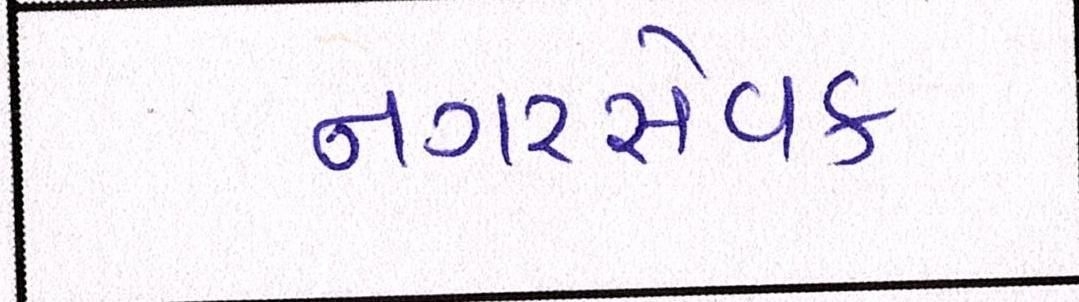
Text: નગરસેવક